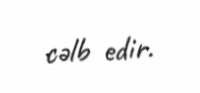
cəlb edir.